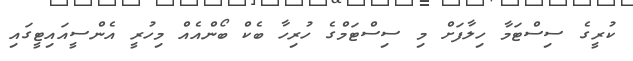
ކުރީގެ ސިސްޓަމާ ހިލާފަށް މި ސިސްޓަމްގެ ހުރިހާ ބެކް ބޯންއެއް މިހުރީ އެންސީއައިޓީގައި